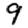
Digit: 9